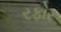
રફાર